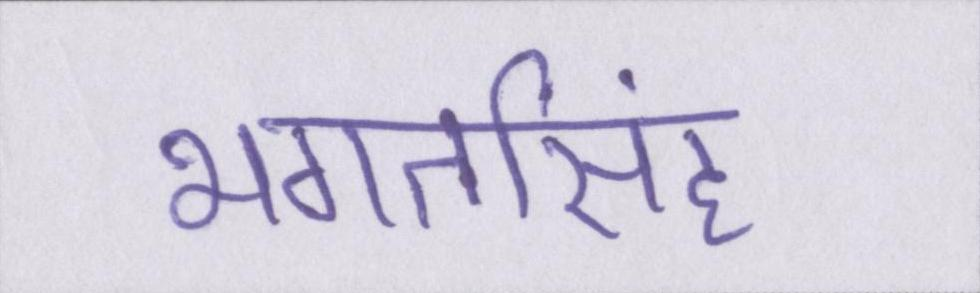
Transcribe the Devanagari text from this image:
भगतसिंह